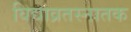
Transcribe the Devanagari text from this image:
विद्याव्रतस्नातक